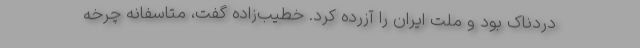
دردناک بود و ملت ایران را آزرده کرد. خطیب‌زاده گفت، متاسفانه چرخه